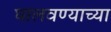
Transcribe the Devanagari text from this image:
घालवण्याच्या